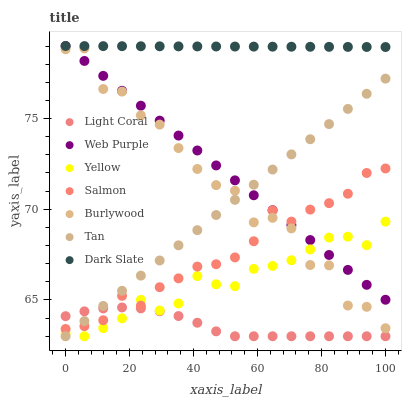
| xaxis_label | Light Coral | Web Purple | Yellow | Salmon | Burlywood | Tan | Dark Slate |
 | --- | --- | --- | --- | --- | --- | --- | --- |
 | 0 | 64.1 | 79 | 63.2 | 63.4 | 78.8 | 63 | 79 |
 | 5.88 | 64.4 | 78.2 | 63 | 63.6 | 78.9 | 63.8 | 79 |
 | 11.8 | 64.5 | 77.4 | 63.4 | 63.9 | 76.6 | 64.7 | 79 |
 | 17.6 | 64.6 | 76.5 | 64 | 65.2 | 76.5 | 65.5 | 79 |
 | 23.5 | 64.5 | 75.7 | 65 | 64.7 | 75.2 | 66.3 | 79 |
 | 29.4 | 64.4 | 74.9 | 64.4 | 65.7 | 74.7 | 67.2 | 79 |
 | 35.3 | 64.1 | 74.1 | 64.8 | 66.2 | 73.4 | 68 | 79 |
 | 41.2 | 63.7 | 73.2 | 66.3 | 66.8 | 72.2 | 68.8 | 79 |
 | 47.1 | 63.3 | 72.4 | 65.9 | 67 | 71.3 | 69.7 | 79 |
 | 52.9 | 63 | 71.6 | 65.8 | 67.3 | 71 | 70.5 | 79 |
 | 58.8 | 63 | 70.8 | 66.7 | 68.2 | 69.3 | 71.4 | 79 |
 | 64.7 | 63 | 69.9 | 66.9 | 69.9 | 69.5 | 72.2 | 79 |
 | 70.6 | 63 | 69.1 | 67.2 | 69.3 | 68.9 | 73 | 79 |
 | 76.5 | 63 | 68.3 | 67.8 | 70 | 66.9 | 73.9 | 79 |
 | 82.4 | 63 | 67.5 | 68.4 | 70.3 | 66.9 | 74.7 | 79 |
 | 88.2 | 63 | 66.7 | 68.5 | 70.9 | 64.7 | 75.5 | 79 |
 | 94.1 | 63 | 65.8 | 68 | 72 | 64.6 | 76.4 | 78.9 |
 | 100 | 63 | 65 | 69.3 | 72.2 | 63.4 | 77.2 | 78.9 |